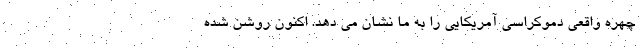
چهره واقعی دموکراسی آمریکایی را به ما نشان می دهد. اکنون روشن شده